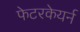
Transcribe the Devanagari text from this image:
फेटरकेयर्न